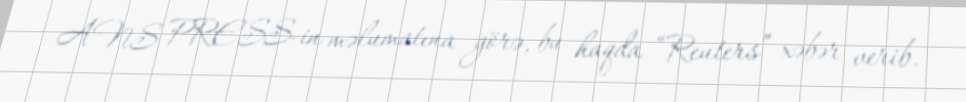
ANS PRESS-in məlumatına görə, bu haqda “Reuters” xəbər verib.